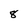
Character: 8